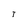
Character: T